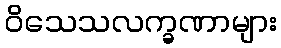
ဝိသေသလက္ခဏာများ